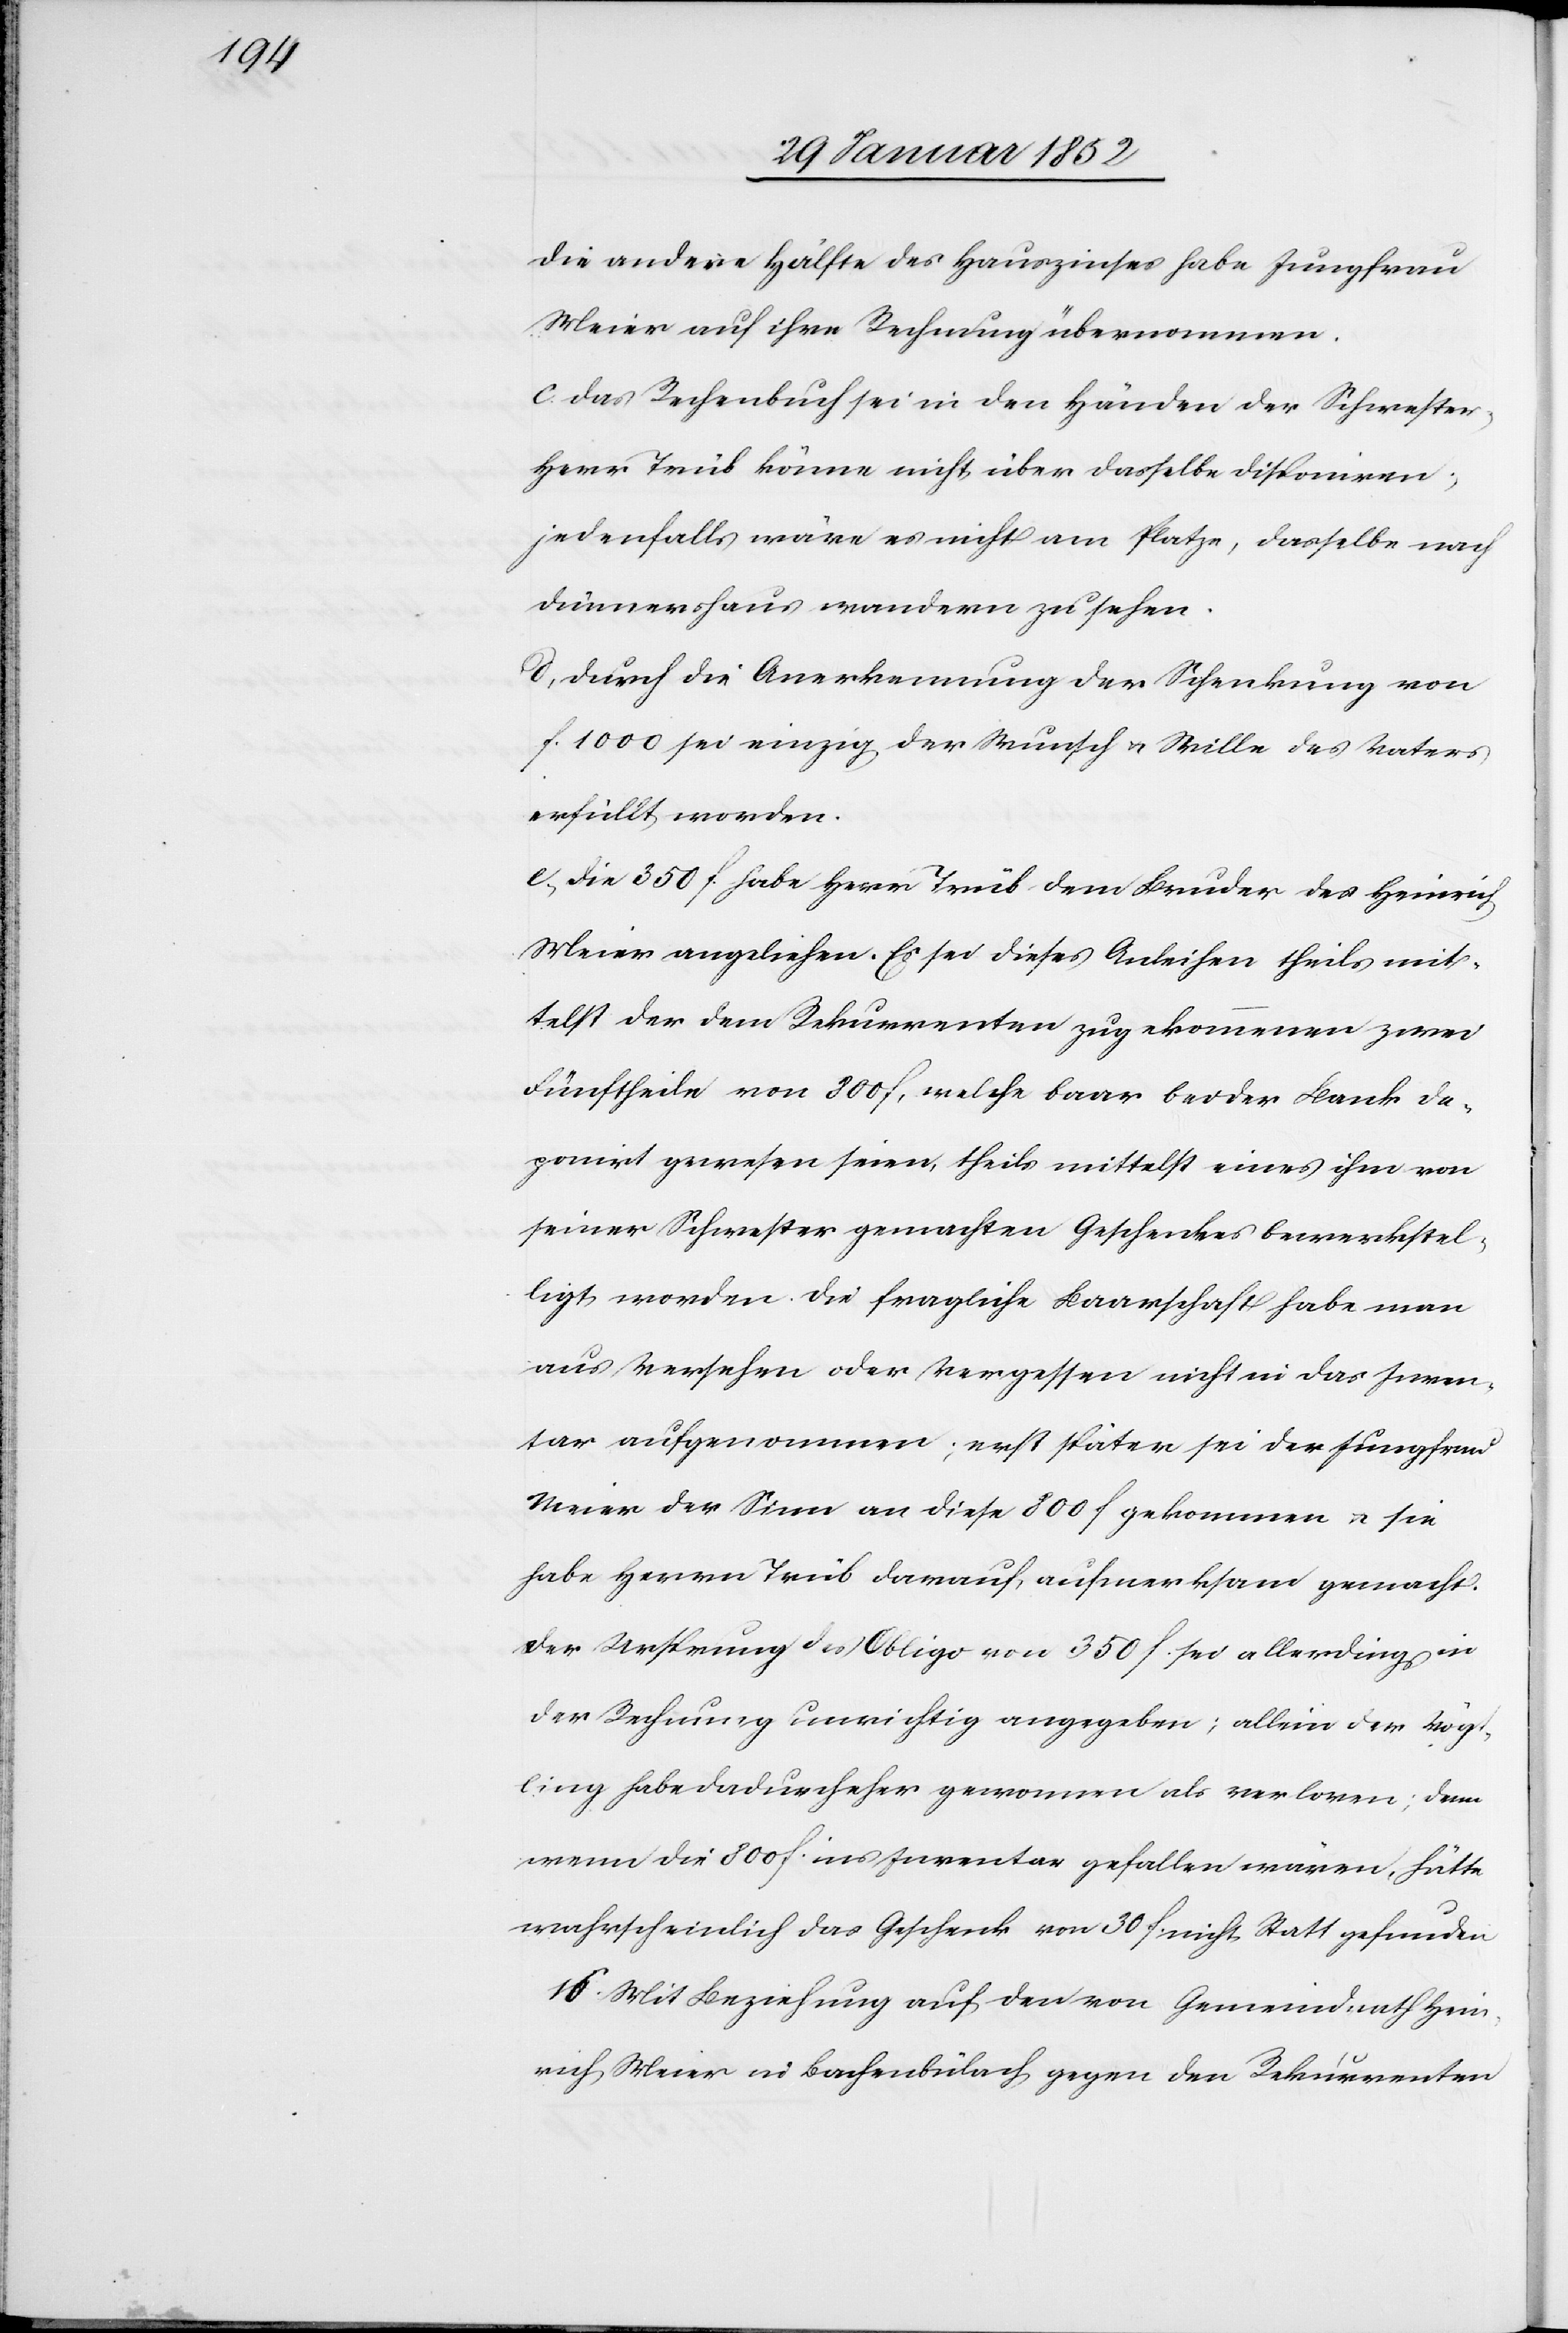
die andere Hälfte des Hauptzinses habe Jungfrau
Meier auf ihre Rechnung übernommen.
c. das Rechenbuch sei in den Händen der Schwester,
Herr Trüb könne nicht über dasselbe disponiren,
jedenfalls wäre es nicht am Platze, dasselbe nach
Dünnershaus wandern zu sehen.
d, durch die Anerkennung der Schenkung von
f. 1000 sei einzig der Wunsch u. Wille des Vaters
erfüllt worden.
e, Die 350 f. habe Herrn Trüb dem Bruder des Heinrich
Meier angeliehen. Es sei dieses Anleihen theils mit¬
telst der dem Rekurrenten zugekommenen zwei
Fünftheile von 800 f, welche baar bei der Bank de¬
ponirt gewesen seien, theils mittelst eines ihm von
seiner Schwester gemachten Geschenkes bewerkstel¬
ligt worden. Die fragliche Baarschaft habe man
aus versehen oder vergessen nicht in das Inven¬
tar aufgenommen; erst später sei der Jungfrau
Meier der Sinn an diese 800 f gekommen u. sie
habe Herrn Trüb darauf aufmerksam gemacht.
Der Ursprung des Obligo von 250 f. sei allerdings in
der Rechnung unrichtig angegeben; allein der Vögt¬
ling habe dadurch eher gewonnen als verloren; denn
wenn die 800 f. ins Inventar gefallen wären, hätte
wahrscheinlich das Geschenk von 30 f. nicht Statt gefunden
16. Mit Beziehung auf den von Gemeindrath Hein¬
rich Meier in Bachenbülach gegen den Rekurrenten